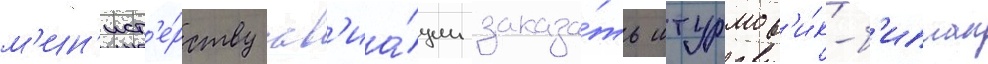
м'ин'ист'е́рству ав'иа́ции заказа́ть штурмов'и́к-б'иплан